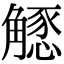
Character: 𧤶